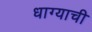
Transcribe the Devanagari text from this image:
धाग्याची